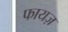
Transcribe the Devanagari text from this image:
फायज़